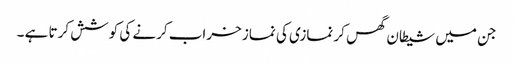
جن میں شیطان گھس کر نمازی کی نماز خراب کرنے کی کوشش کرتا ہے ۔